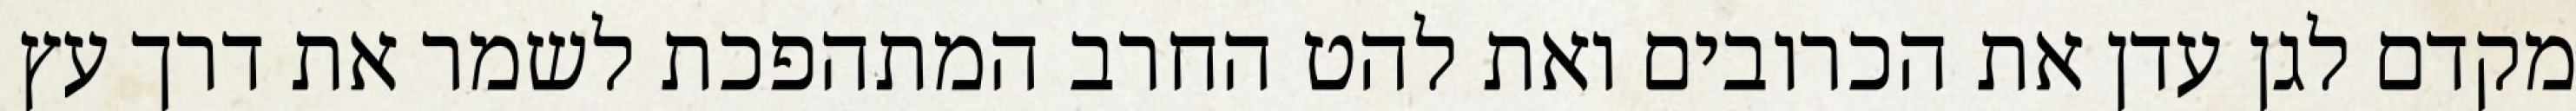
מקדם לגן עדן את הכרובים ואת להט החרב המתהפכת לשמר את דרך עץ